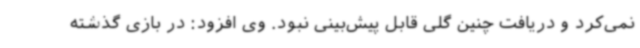
نمی‌کرد و دریافت چنین گلی قابل پیش‌بینی نبود. وی افزود: در بازی گذشته